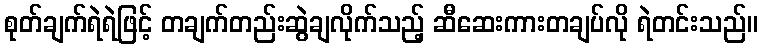
စုတ်ချက်ရဲရဲဖြင့် တချက်တည်းဆွဲချလိုက်သည့် ဆီဆေးကားတချပ်လို ရဲတင်းသည်။